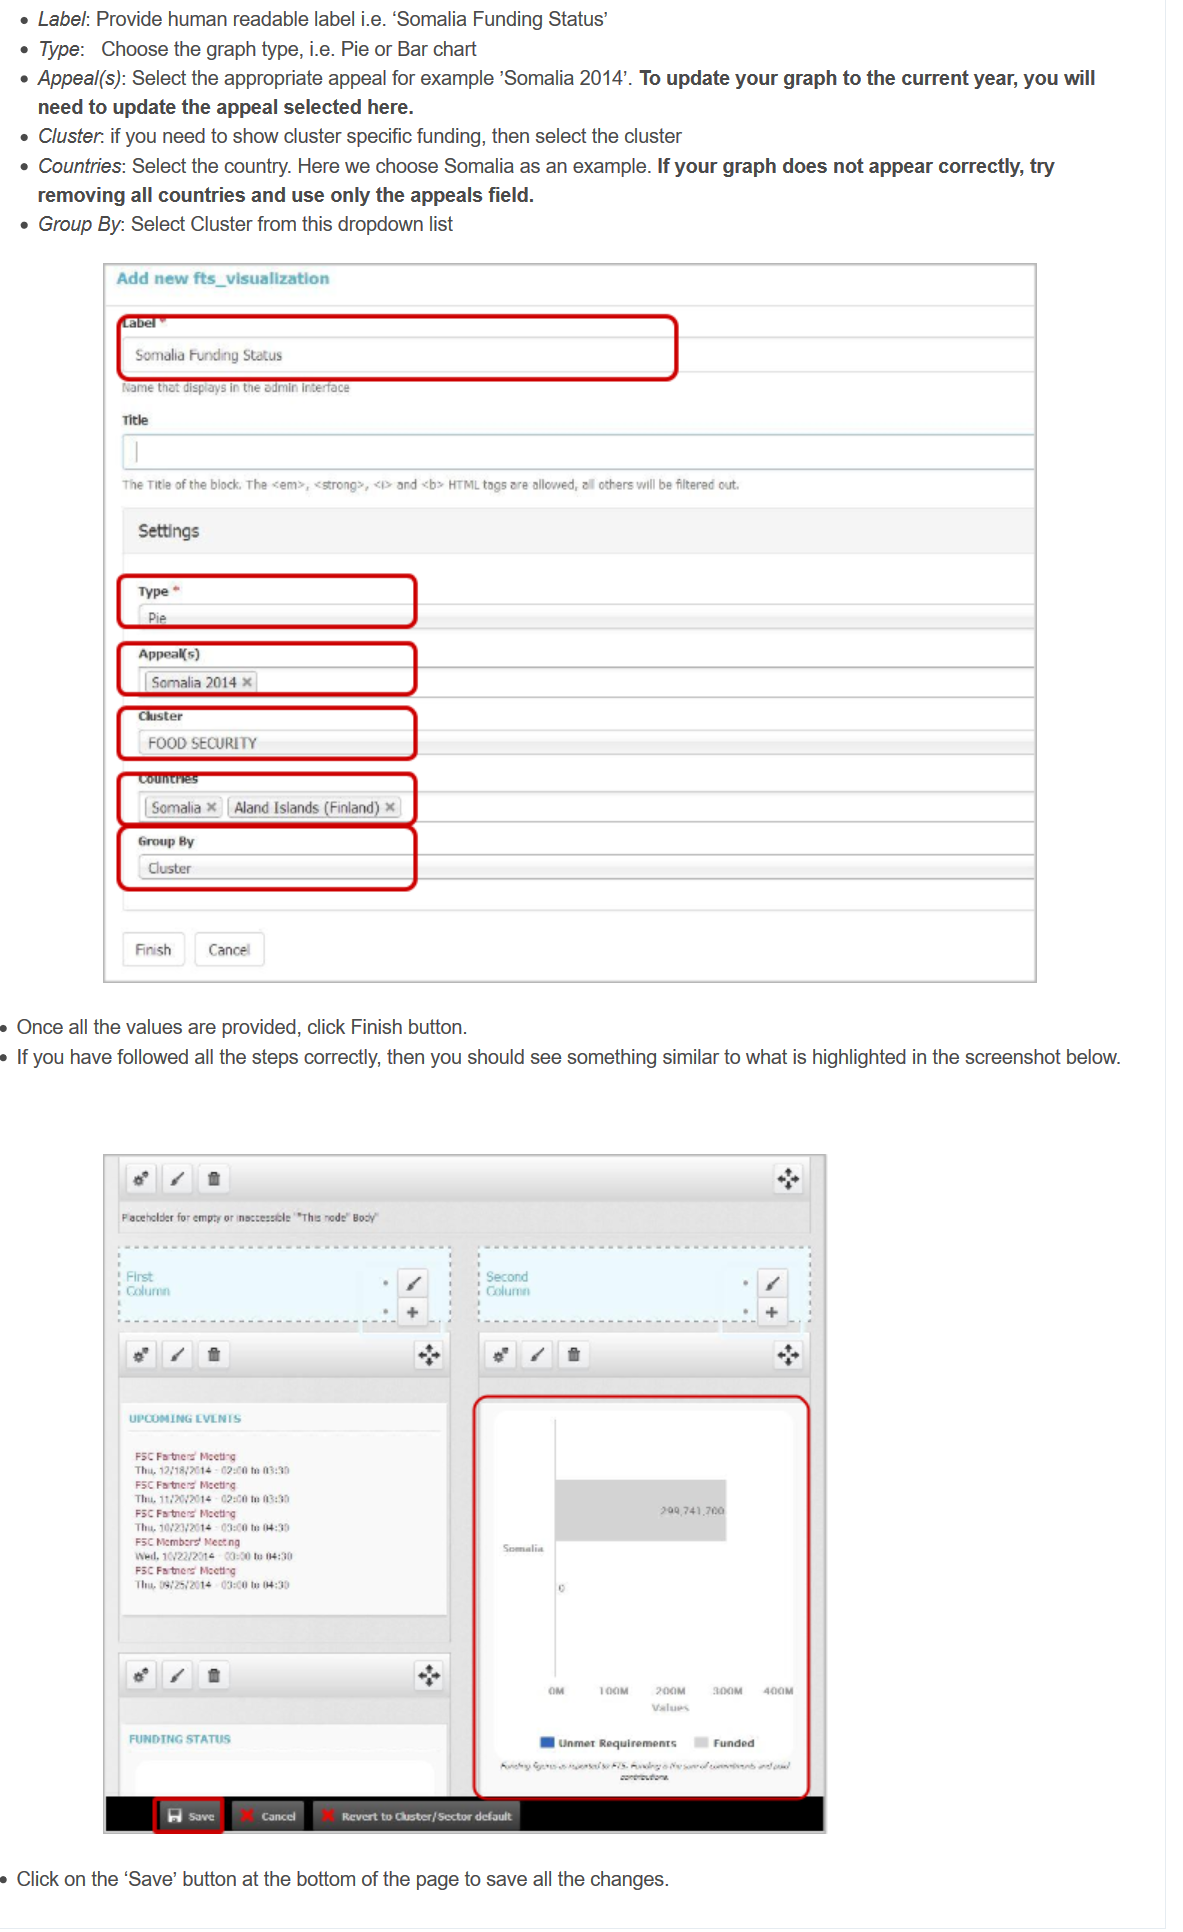
e Label: Provide human readable label i.e. ‘Somalia Funding Status’
   © Type: Choose the graph type, i.e. Pie or Bar chart
   e Appeal(s): Select the appropriate appeal for example ’Somalia 2014’. To update your graph to the current year, you will
    need to update the appeal selected here.
    Cluster. if you need to show cluster specific funding, then select the cluster
   © Countries: Select the country. Here we choose Somalia as an example. If your graph does not appear correctly, try
    removing all countries and use only the appeals field.
   ¢ Group By: Select Cluster from this dropdown list
  Once all the values are provided, click Finish button.
  ° If you have followed all the steps correctly, then you should see something similar to what is highlighted in the screenshot below.
  » Click on the ‘Save’ button at the bottom of the page to save all the changes.

     ‘The Title of the block, The <em>, <strong>, <i> and <b> HTML tags are allowed, all others willbe filtered cut,

     Finish Cancel

     °  ¢   ft    oe
     et for empry or moczesséle “The rode Bo:

     FUNDING STATUS
     WB Unmer Requirements Funded
     ee    coo